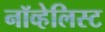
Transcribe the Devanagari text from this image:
नॉव्हेलिस्ट